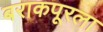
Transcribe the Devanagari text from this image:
बराकपूरला